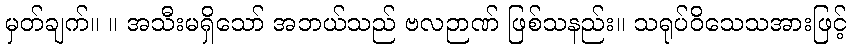
မှတ်ချက်။ ။ အသီးမရှိသော် အဘယ်သည် ဗလဉာဏ် ဖြစ်သနည်း။ သရုပ်ဝိသေသအားဖြင့်